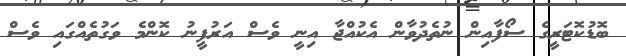
ބޮޑުކޮޓަރީގެ ސޯފާއިން ނުތެދުވާން އެކުއްޖާ އިނީ ވެސް އަރުފީނު ކޮންމެ ވަގުތެއްގައި ވެސް